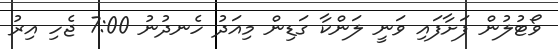
ވޯޓުލުން ފަށާފައި ވަނީ ލަންކާ ގަޑިން މިއަދު ހެނދުނު 7:00 ޖެހި އިރު